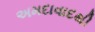
અમદાવાદથી